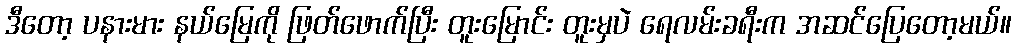
ဒီတော့ ပနားမား နယ်မြေကို ဖြတ်ဖောက်ပြီး တူးမြောင်း တူးမှပဲ ရေလမ်းခရီးက အဆင်ပြေတော့မယ်။